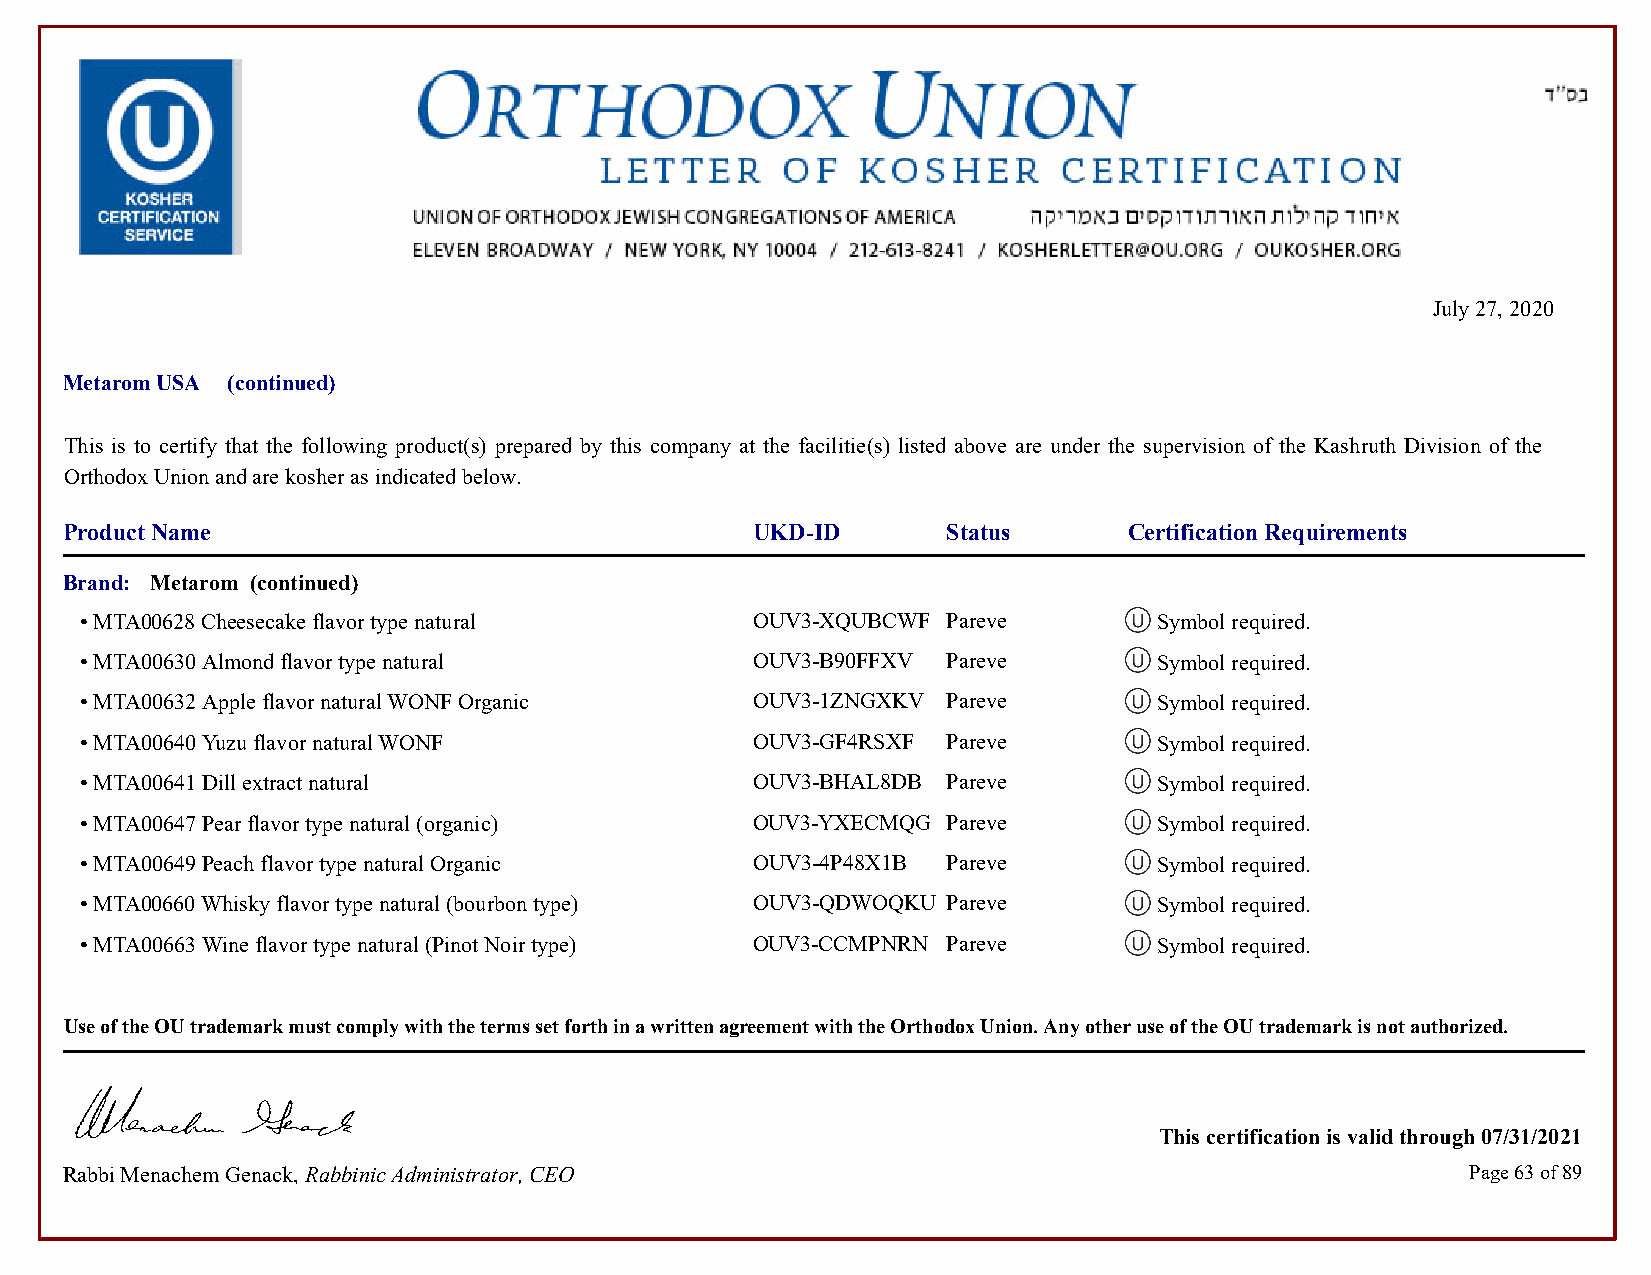
July 27, 2020
 Metarom USA (continued)
 This is to certify that the following product(s) prepared by this company at the facilitie(s) listed above are under the supervision of the Kashruth Division of the
 Orthodox Union and are kosher as indicated below.
 Product Name                                  UKD-ID       Status      Certification Requirements
 Brand: Metarom (continued)
 • MTA00628 Cheesecake flavor type natural    OUV3-XQUBCWF Pareve        Symbol required.            Symbol required.
 • MTA00630 Almond flavor type natural        OUV3-B90FFXV Pareve        Symbol required.            Symbol required.
 • MTA00632 Apple flavor natural WONF Organic OUV3-1ZNGXKV Pareve        Symbol required.            Symbol required.
 • MTA00640 Yuzu flavor natural WONF          OUV3-GF4RSXF Pareve        Symbol required.            Symbol required.
 • MTA00641 Dill extract natural              OUV3-BHAL8DB Pareve        Symbol required.            Symbol required.
 • MTA00647 Pear flavor type natural (organic) OUV3-YXECMQG Pareve       Symbol required.            Symbol required.
 • MTA00649 Peach flavor type natural Organic OUV3-4P48X1B Pareve        Symbol required.            Symbol required.
 • MTA00660 Whisky flavor type natural (bourbon type) OUV3-QDWOQKU Pareve Symbol required.           Symbol required.
 • MTA00663 Wine flavor type natural (Pinot Noir type) OUV3-CCMPNRN Pareve Symbol required.          Symbol required.
 Use of the OU trademark must comply with the terms set forth in a written agreement with the Orthodox Union. Any other use of the OU trademark is not authorized.
 This certification is valid through 07/31/2021
 Rabbi Menachem Genack, Rabbinic Administrator, CEO                                           Page 63 of 89